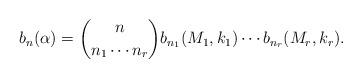
LaTeX: \begin{align*}{}b_n(\alpha) = \binom{n}{ n_1 \cdots n_r} b_{n_1}(M_1, k_1) \cdots b_{n_r}(M_r, k_r).\end{align*}